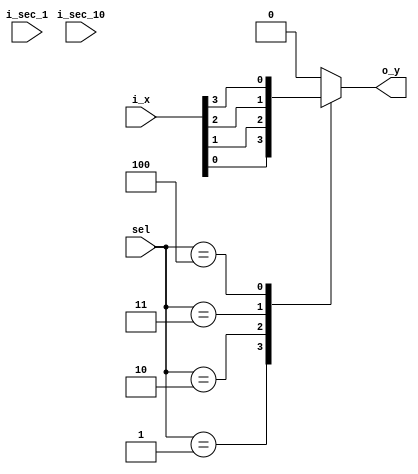
`timescale 1ns / 1ps

module MUX(
    input[3:0] i_x,  //   power
    input[3:0] i_sec_10, i_sec_1,
    input[2:0] sel,  //  ?
    output o_y
    );

    reg r_y;
    assign o_y = r_y;

    always @(*) begin
        if((i_sec_10 == 0) && (i_sec_1 == 0)) begin
            r_y <= 1'b0;
        end

        case(sel)
            3'd0 : r_y <= 1'b0;
            3'd1 : r_y <= i_x[0];
            3'd2 : r_y <= i_x[1];
            3'd3 : r_y <= i_x[2];
            3'd4 : r_y <= i_x[3];
            default : r_y <= 1'b0;
        endcase

    end
endmodule